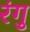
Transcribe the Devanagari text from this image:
रंगु